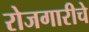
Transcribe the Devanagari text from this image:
रोजगारीचे